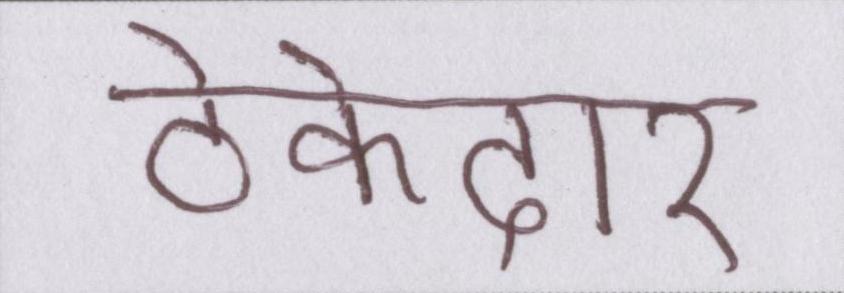
ठेकेदार